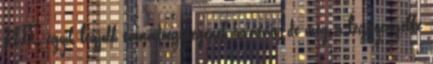
NFL egyik legjobb támadóegységének hívásait, de még a leggyengébbé